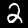
Digit: 2